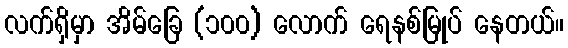
လက်ရှိမှာ အိမ်ခြေ (၁၀၀) လောက် ရေနစ်မြုပ် နေတယ်။